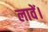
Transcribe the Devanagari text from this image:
लावें।